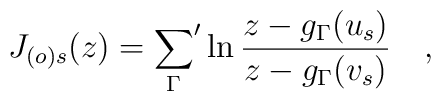
J_{(o)s}(z)={\sum_\Gamma}^\prime\ln\frac{z-g_\Gamma(u_s)}{z-g_\Gamma(v_s)}\quad,